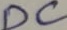
Text: DC